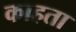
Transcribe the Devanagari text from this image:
काहता